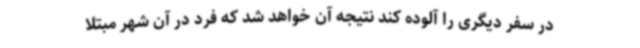
در سفر دیگری را آلوده کند نتیجه آن خواهد شد که فرد در آن شهر مبتلا